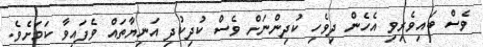
ވެސް ބައިވެރިވި އެހެން ދިވެހި ކުދިންނަށް ވެސް ކުދިކުދި އަނިޔާތައް ވެފައިވާ ކަމަށެވެ.